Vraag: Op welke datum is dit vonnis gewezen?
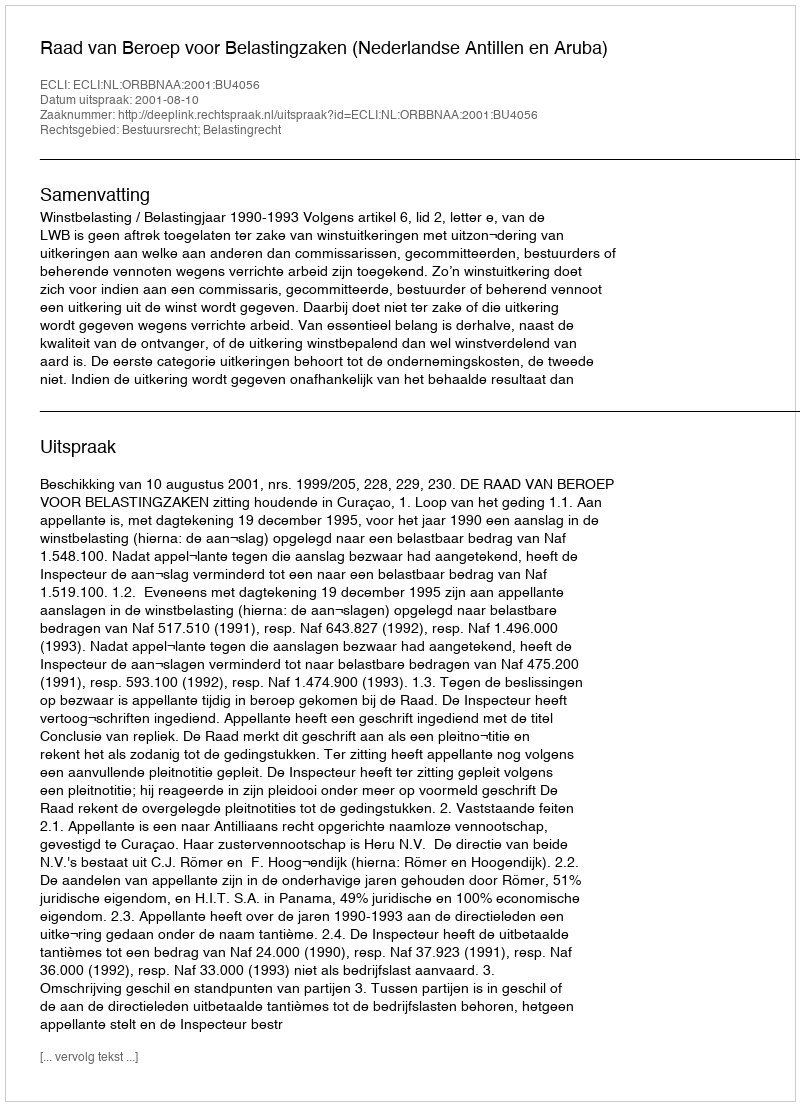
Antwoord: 2001-08-10